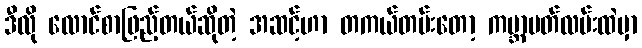
ဒီလို လောင်စာဖြည့်တယ်ဆိုတဲ့ အဆင့်ဟာ တကယ်တမ်းတော့ ကမ္ဘာပတ်လမ်းထဲမှာ